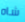
شاه